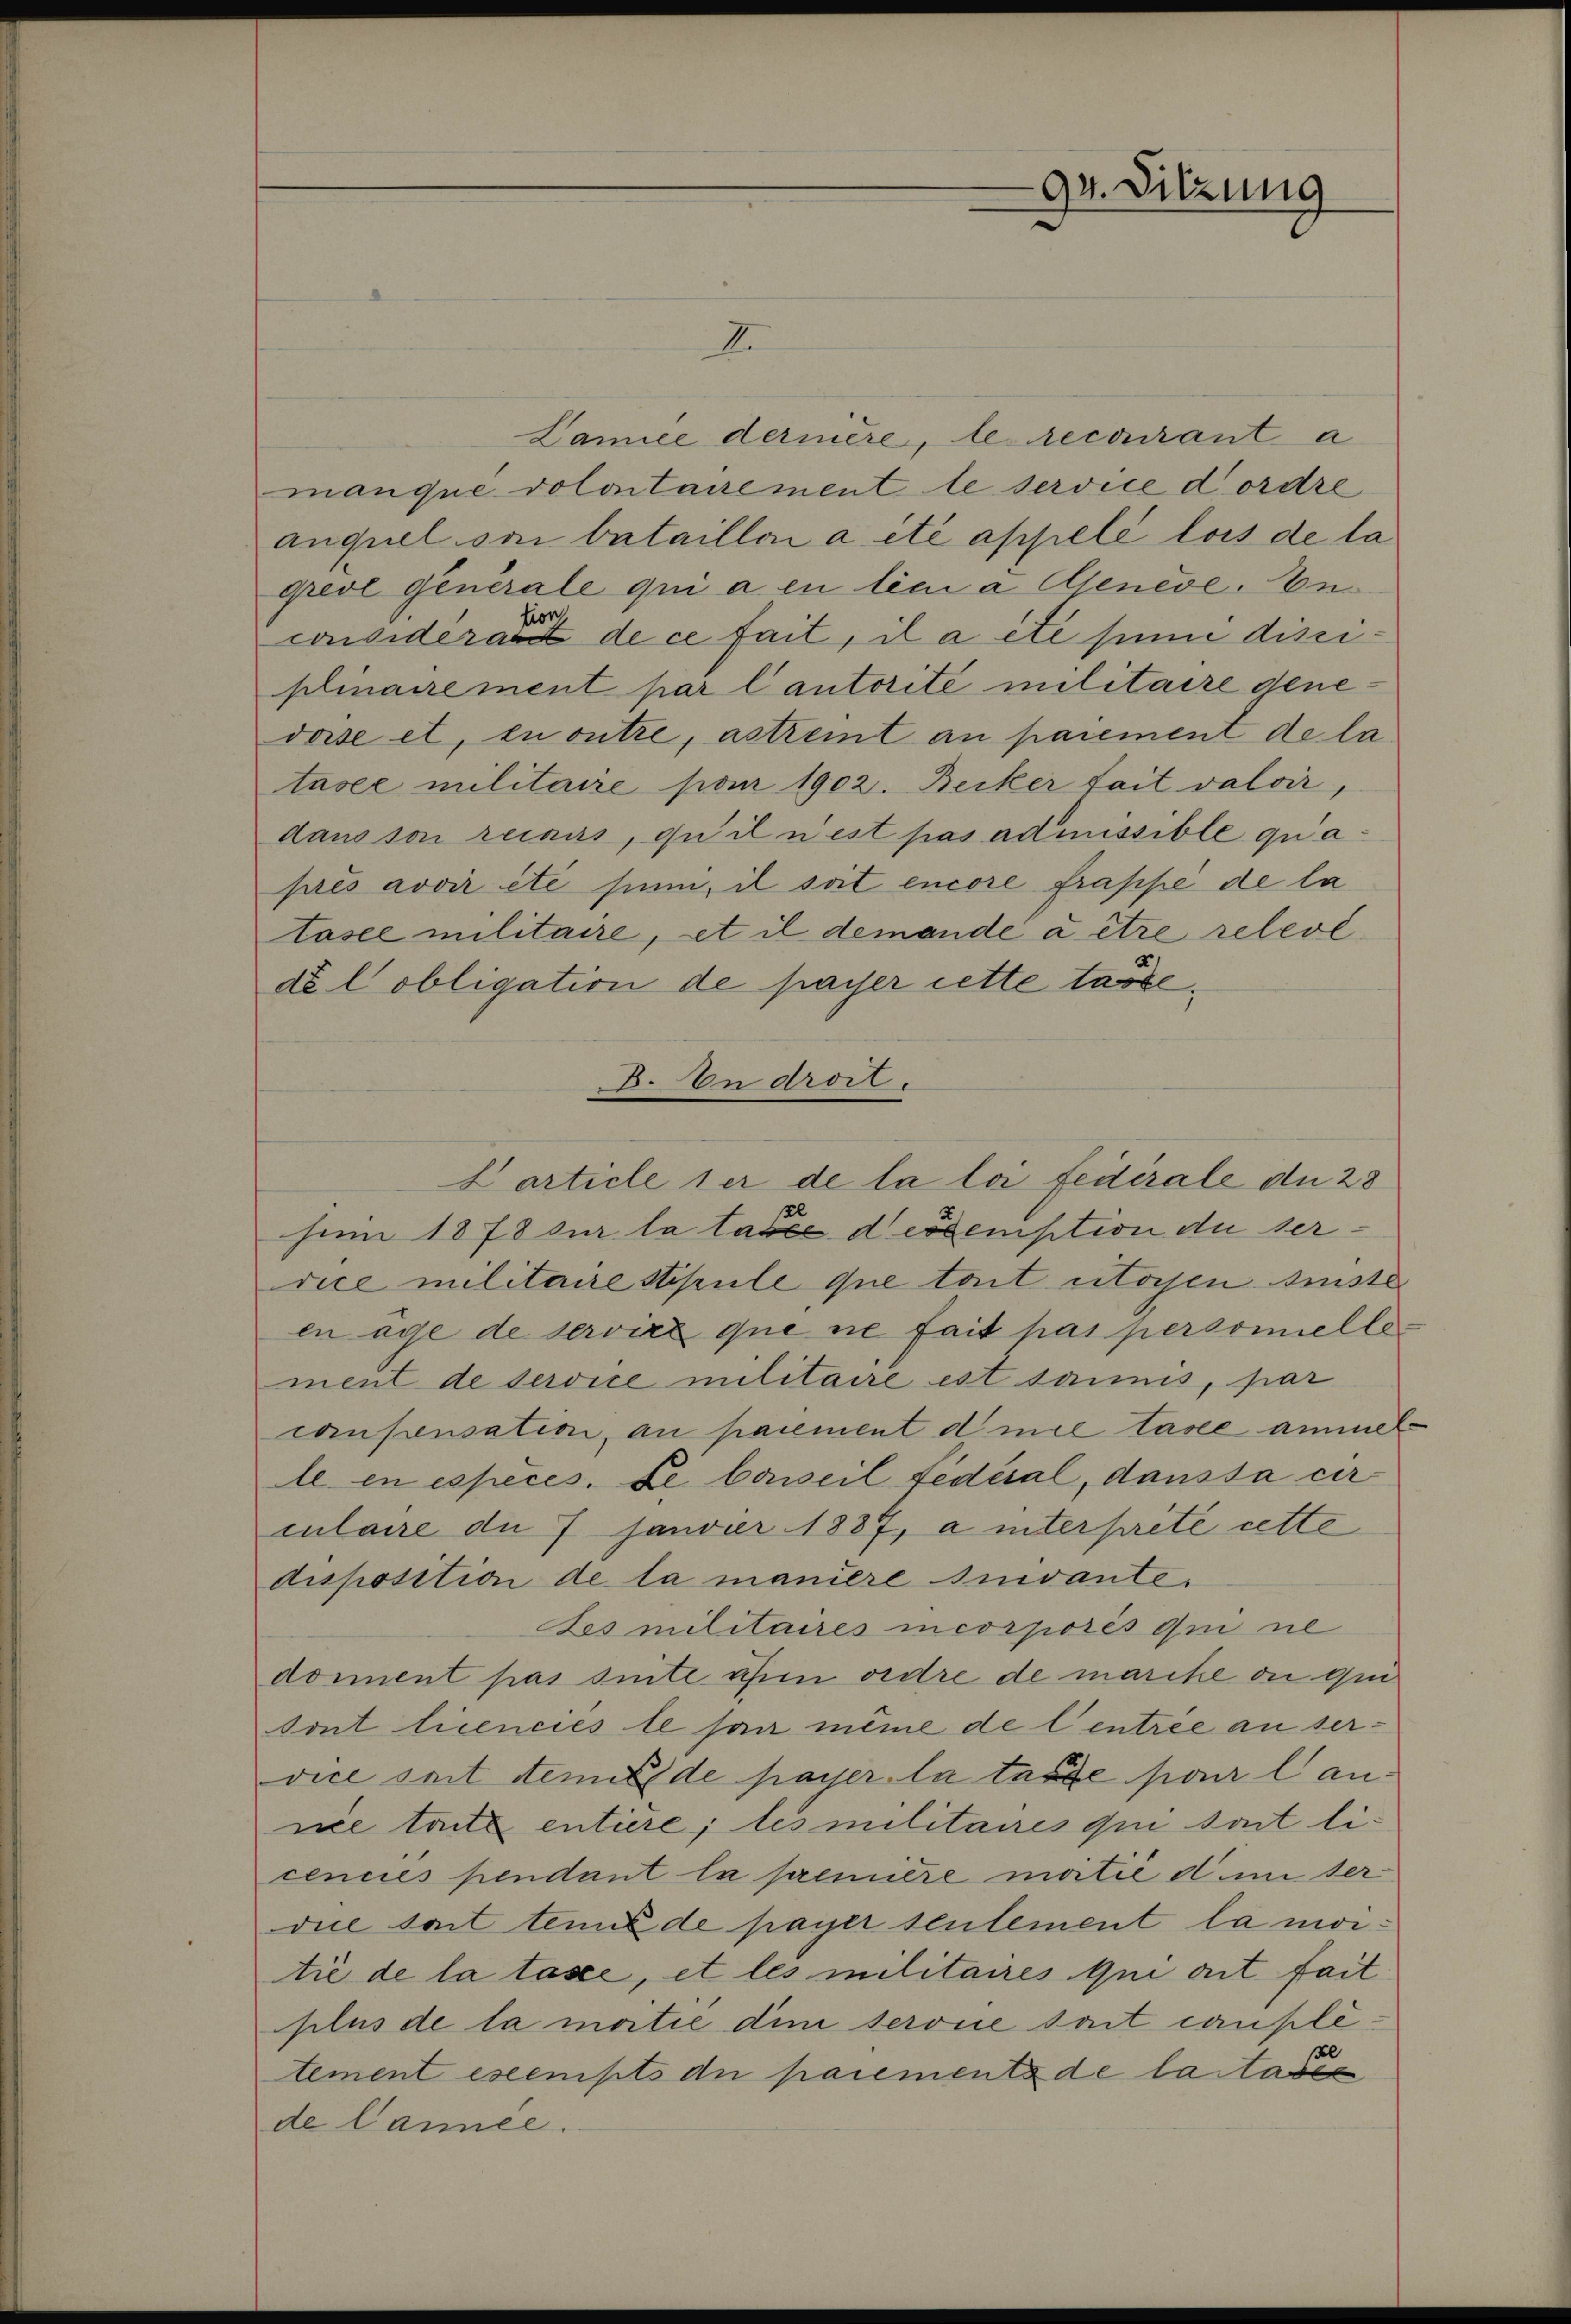
Lanice dernière, le recourant a
manque dolontairement le service dordre
anquel von bataillon a été appele lois de la
grevé générale qui a en lici a Geneve, Besion
considerart de ce fait, il aite sinne disciplinairement par lautorité militaire genevase et, zu outre, astreit an paiement de la
tasee militaire pour 1902. Becker fait valoir,
dans son reinas, qu’il n’est pas admissible quaprès avoir etc sinn, il soit encore frappe de la
tásee militaire, et il demandé à être relevé
de lobligation de passer cette tarte¬
B. In droit.

Larticle ser de la loi fédérale du 28

94. Sitzung

hien 1878 sur la tatée d eodemption du derdice militaire stipule que toit stossen siste
enage de servire que ne fait pas personelle
ment de service militaire est sannis, par
conpensation, an paiement die Tasee ammel
le en especés. Le barseil fédéral, dansta cirmlaire du 7 janvier 1887, a interprete cette
disposition de la manière suivante.
Les militaires incorpores qui ne
doment pas sinte ufen ordre de marche di quitont licencies le sau même de Centrée an ser-
vice seit steme de passer la tute pour lannie trite entiere; les militaires qui sont licencies pendant la première moitié d in der
die sont tenu de payer sentement la mortié de la tasee, et les militaires qui ait fait
plus de la matie dem serone sont caupletement eseempts die paiements de lastasie
de Cance.

2